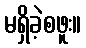
မရှိခဲ့စဖူး။